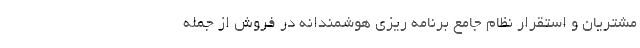
مشتریان و استقرار نظام جامع برنامه ریزی هوشمندانه در فروش از جمله